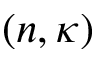
( n , \kappa )